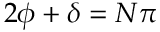
2 \phi + \delta = N \pi